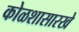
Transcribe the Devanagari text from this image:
कोळशासारखे